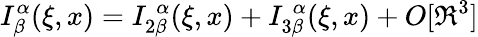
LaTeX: I_{\beta}^{\alpha}(\xi,x)=I_{2\beta}^{\; \alpha}(\xi,x)+I_{3\beta}^{\; \alpha}(\xi,x)+O[\Re^{3}]